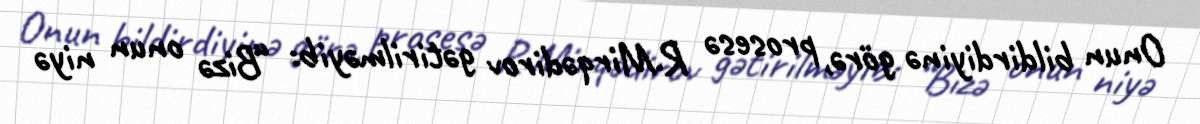
Onun bildirdiyinə görə, prosesə R.Mirqədirov gətirilməyib: “Bizə onun niyə